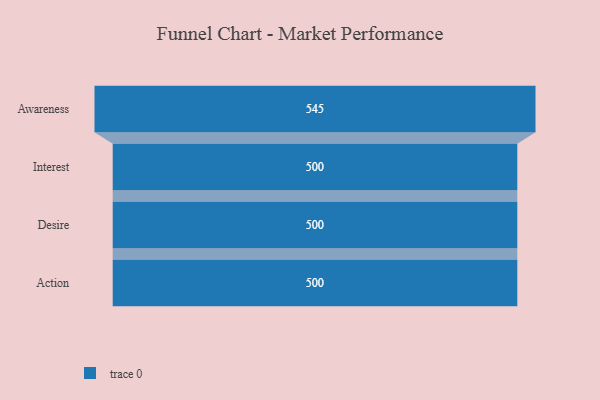
{"axis": {"x": "Stage", "y": "Value"}, "legend": [""], "data": [{"x": "Awareness", "y": 545.0, "type": ""}, {"x": "Interest", "y": 500, "type": ""}, {"x": "Desire", "y": 500, "type": ""}, {"x": "Action", "y": 500, "type": ""}]}